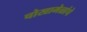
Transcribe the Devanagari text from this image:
चोखामेळांचे